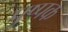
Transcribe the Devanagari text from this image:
पुष्‍पक